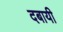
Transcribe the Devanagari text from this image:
दबायी